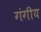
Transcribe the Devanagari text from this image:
गंगीय